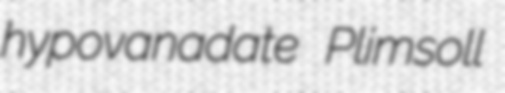
hypovanadate Plimsoll